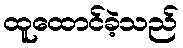
ထူထောင်ခဲ့သည်